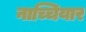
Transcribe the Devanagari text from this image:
नाच्चियार